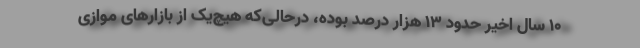
10 سال اخیر حدود 13 هزار درصد بوده، درحالی‌که هیچ‌یک از بازارهای موازی